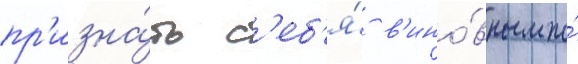
пр'изна́ть с'еб'я́ в'ино́вным по́